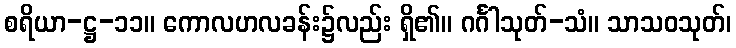
စရိယာ-ဋ္ဌ-၁၁။ ကောလဟလခန်း၌လည်း ရှိ၏။ ဂင်္ဂါသုတ်-သံ။ သာသဝသုတ်၊